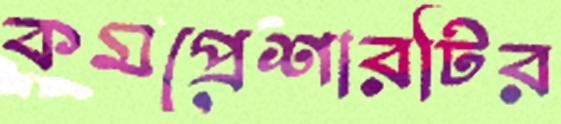
কমপ্রেশারটির